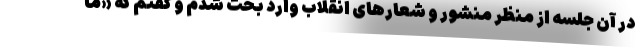
در آن جلسه از منظر منشور و شعارهای انقلاب وارد بحث شدم و گفتم که «ما